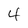
Character: 4